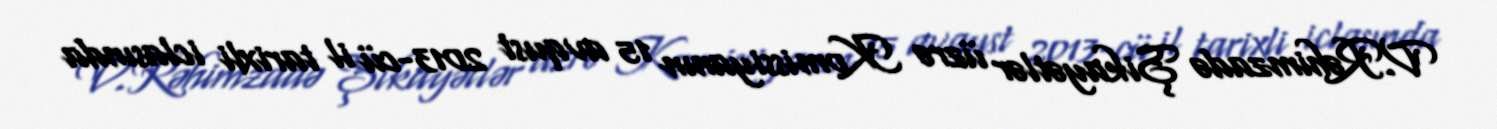
V.Rəhimzadə Şikayətlər üzrə Komissiyanın 15 avqust 2013-cü il tarixli iclasında